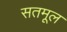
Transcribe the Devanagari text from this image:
सतमूल